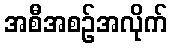
အစီအစဉ်အလိုက်